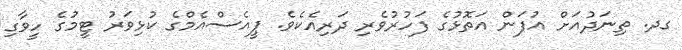
ގދ. ތިނަދުއަށް އުފަން އަތޮޅުގެ ފަހުރުވެރި ދަރިއެކެވެ. ޕީއެސްއެމްގެ ކުޅިވަރު ޓީމުގެ ހީވާގި